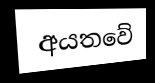
අයතවේ